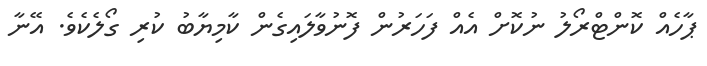
ޕާހެއް ކޮންޓްރޯލު ނުކޮށް އެއް ފަހަރުން ފޮނުވާލައިގެން ކާމިޔާބު ކުރި ގޯލެކެވެ. އޭނާ